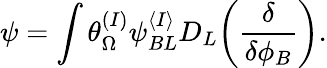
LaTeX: \psi=\int\theta_{\Omega}^{(I)}\psi_{BL}^{\langle I\rangle}D_{L}\biggl({\frac{\delta}{\delta\phi_{B}}}\biggr).